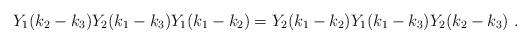
LaTeX: \begin{align*}Y_1(k_2-k_3)Y_2(k_1-k_3)Y_1(k_1-k_2)=Y_2(k_1-k_2)Y_1(k_1-k_3)Y_2(k_2-k_3)~.\end{align*}